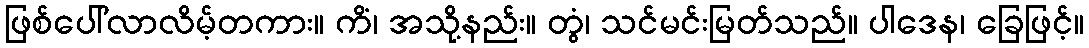
ဖြစ်ပေါ်လာလိမ့်တကား။ ကိံ၊ အသို့နည်း။ တွံ၊ သင်မင်းမြတ်သည်။ ပါဒေန၊ ခြေဖြင့်။